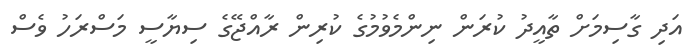
އަދި ގާސިމަށް ތާއީދު ކުރަން ނިންމެވުމުގެ ކުރިން ރާއްޖޭގެ ސިޔާސީ މަސްރަހު ވެސް